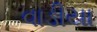
વાડીયા